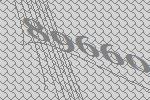
89660